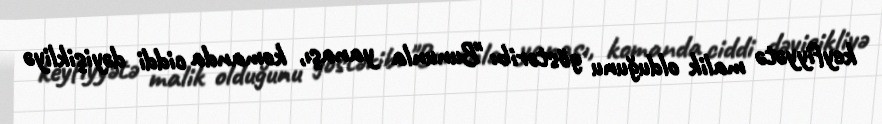
keyfiyyətə malik olduğunu göstərib: "Bununla yanaşı, komanda ciddi dəyişikliyə